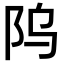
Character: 𬮻